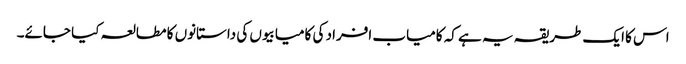
اس کا ایک طریقہ یہ ہے کہ کامیاب افراد کی کامیابیوں کی داستانوں کا مطالعہ کیا جائے۔